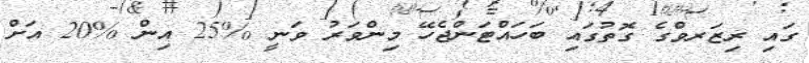
ގައި ރިޒަރވްގެ ގޮތުގައި ބަހައްޓަންޖެހޭ މިންވަރު ވަނީ %25 އިން %20 އަށް